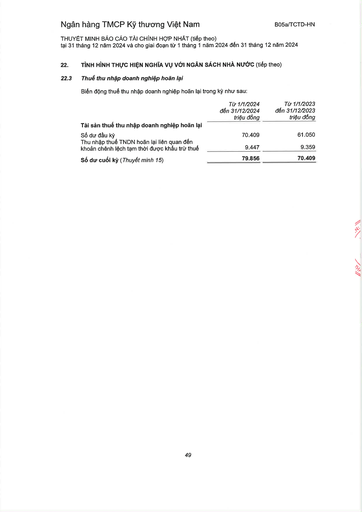
||Từ 1/1/2024 đến 31/12/2024 triệu đồng|Từ 1/1/2023 đến 31/12/2023 triệu đồng| |---|---|---| |Tài sản thuế thu nhập doanh nghiệp hoãn lại||| |Số dư đầu kỳ|70.409|61.050| |Thu nhập thuế TNDN hoãn lại liên quan đến khoản chênh lệch tạm thời được khấu trừ thuế|9.447|9.359| |Số dư cuối kỳ (Thuyết minh 15)|79.856|70.409|